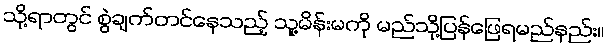
သို့ရာတွင် စွဲချက်တင်နေသည့် သူ့မိန်းမကို မည်သို့ပြန်ဖြေရမည်နည်း။